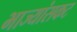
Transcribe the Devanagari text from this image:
भाज्यांसकट